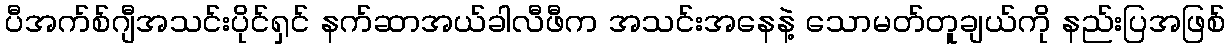
ပီအက်စ်ဂျီအသင်းပိုင်ရှင် နက်ဆာအယ်ခါလီဖီက အသင်းအနေနဲ့ သောမတ်တူချယ်ကို နည်းပြအဖြစ်